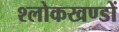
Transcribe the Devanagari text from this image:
श्लोकखण्डों